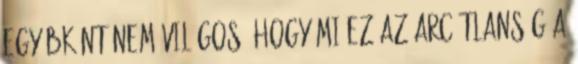
Egyébként nem világos, hogy mi ez az arcátlanság a